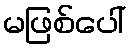
မဖြစ်ပေါ်